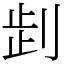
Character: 𠜶